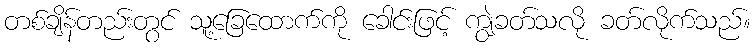
တစ်ချိန်တည်းတွင် သူ့ခြေထောက်ကို ခေါင်းဖြင့် ကျွဲခတ်သလို ခတ်လိုက်သည်။